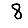
Digit: 8